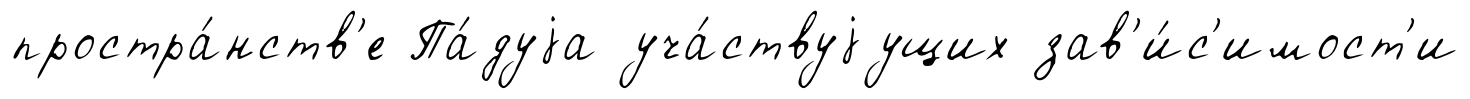
простра́нств'е Па́дуjа уча́ствуjущих зав'и́с'имост'и